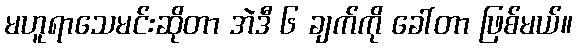
မဟူရာသေမင်းဆိုတာ အဲဒီ ၆ ချက်ကို ခေါ်တာ ဖြစ်မယ်။